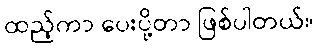
ထည့်ကာ ပေးပို့တာ ဖြစ်ပါတယ်။